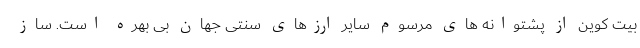
بیت کوین از پشتوانه های مرسوم سایر ارزهای سنتی جهان بی بهره است. ساز